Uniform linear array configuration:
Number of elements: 4
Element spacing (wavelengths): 1
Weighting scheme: hamming
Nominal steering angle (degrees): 45
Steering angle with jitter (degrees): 46.488
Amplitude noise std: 0.05
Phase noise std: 0.05

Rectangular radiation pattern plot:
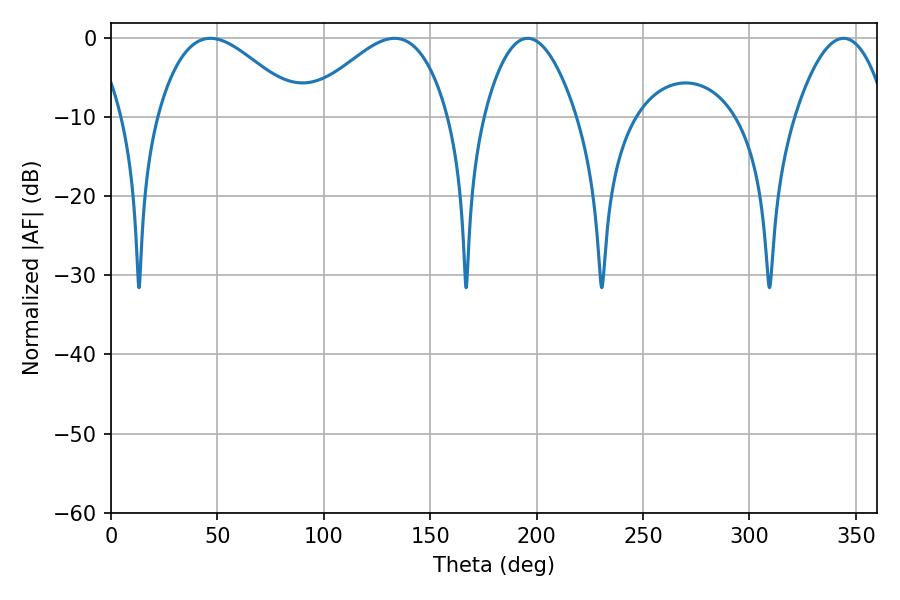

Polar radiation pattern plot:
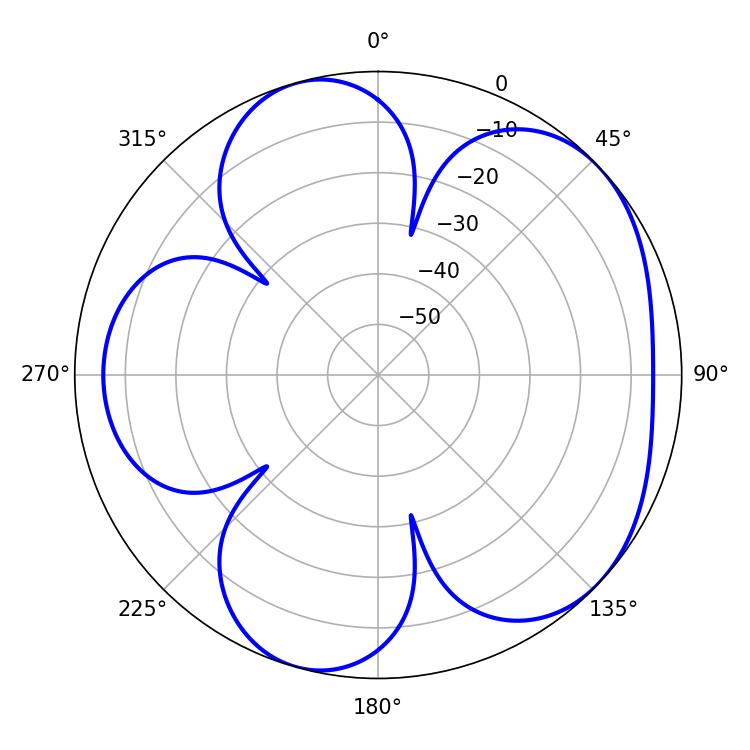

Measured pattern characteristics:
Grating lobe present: TRUE
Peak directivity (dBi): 5.012
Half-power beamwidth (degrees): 36.18
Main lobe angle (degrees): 133.2